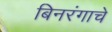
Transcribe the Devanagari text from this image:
बिनरंगाचे